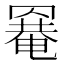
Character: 𦌌